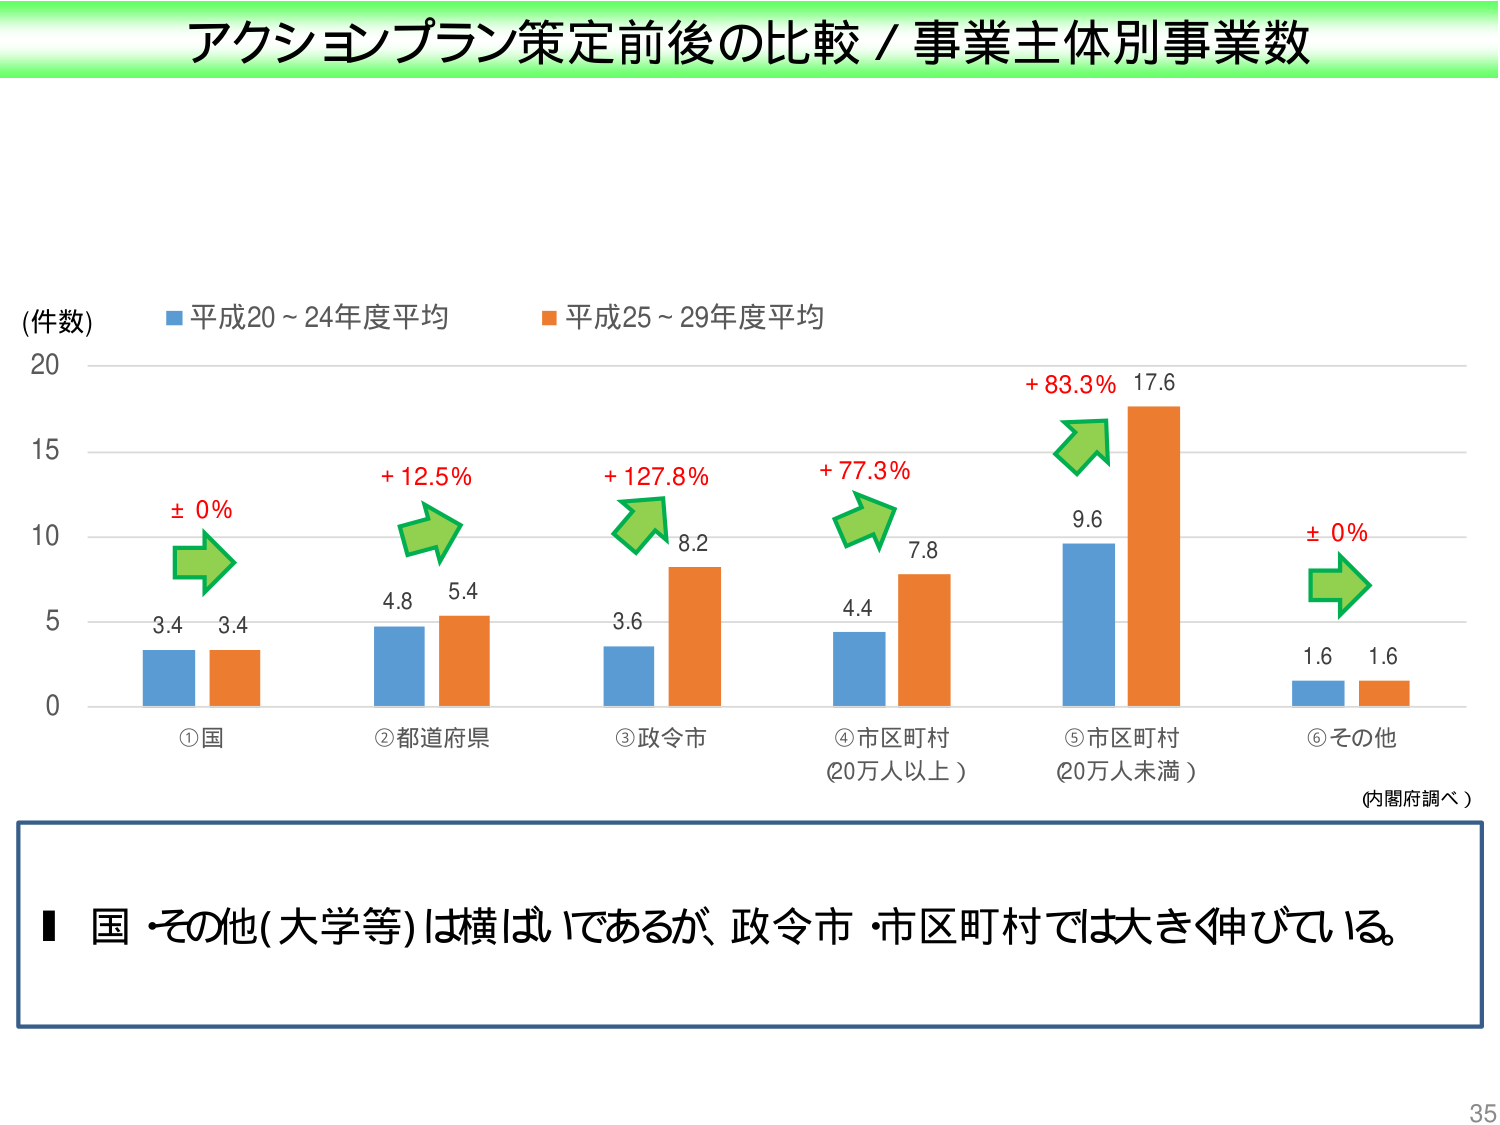
アクションプラン策定前後の比較 / 事業主体別事業数

(件数)
■ 平成20～24年度平均
■ 平成25～29年度平均

3.4 3.4
± 0%
①国

4.8 5.4
+ 12.5%
②都道府県

3.6 8.2
+ 127.8%
③政令市

4.4 7.8
+ 77.3%
④市区町村
(20万人以上)

9.6 17.6
+ 83.3%
⑤市区町村
(20万人未満)

1.6 1.6
± 0%
⑥その他

(内閣府調べ)

■ 国・その他(大学等)は横ばいであるが、政令市・市区町村では大きく伸びている。

35